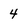
Character: 4